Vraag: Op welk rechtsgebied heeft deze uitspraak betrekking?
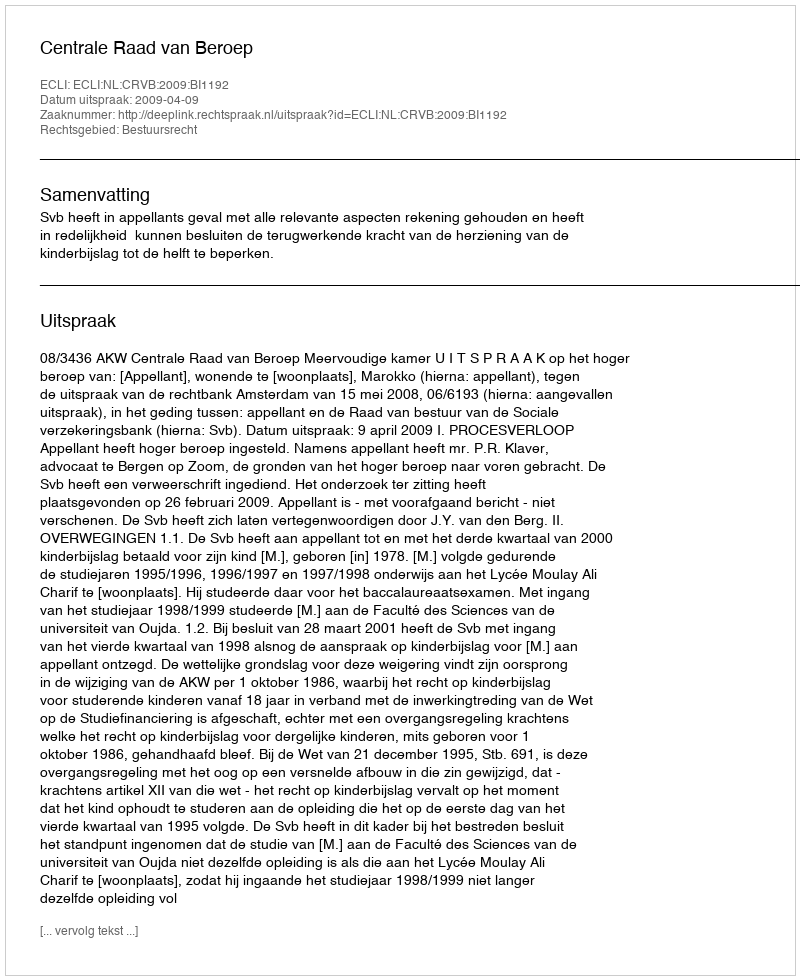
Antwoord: Bestuursrecht